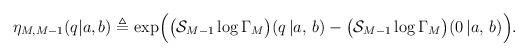
LaTeX: \begin{align*}\eta_{M, M-1}(q|a, b) \triangleq \exp\Bigl( \bigl(\mathcal{S}_{M-1}\log\Gamma_M\bigr)(q\,|a,\,b) - \bigl(\mathcal{S}_{M-1} \log\Gamma_M\bigr)(0\,|a,\,b) \Bigr). \end{align*}